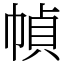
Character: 幀